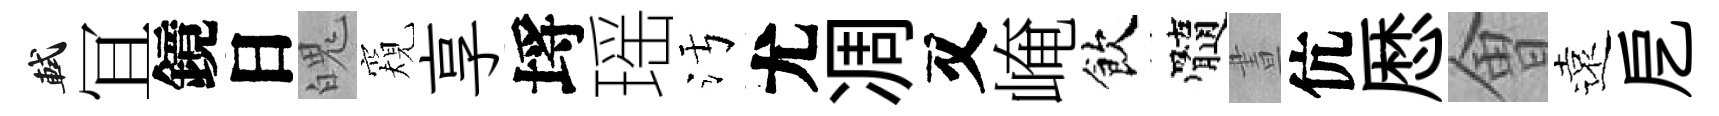
軾冝鏡日魄窺享埓瑶污尤凋又崦飲髓晝伉厯㑹遠戹